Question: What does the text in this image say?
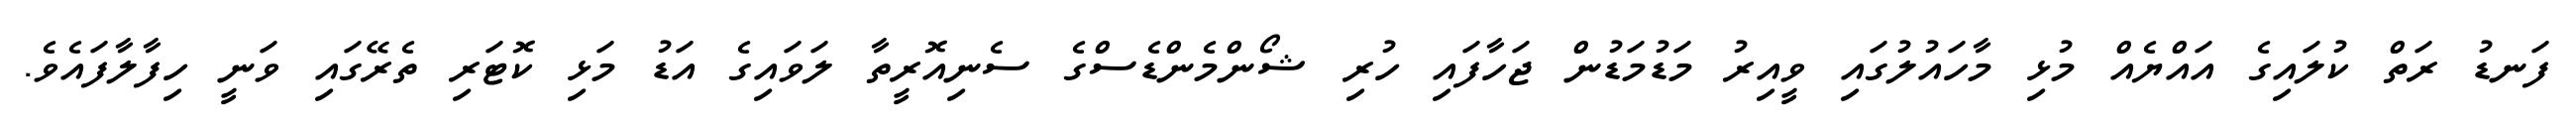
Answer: ފަނޑު ރަތް ކުލައިގެ އައްޔެއް މުޅި މާހައުލުގައި ވީއިރު މަޑުމަޑުން ޖަހާފައި ހުރި ޝޯންމެންޑެސްގެ ސެނިއޮރީތާ ލަވައިގެ އަޑު މަޅި ކޮޓަރި ތެރޭގައި ވަނީ ހިފާލާފައެވެ.